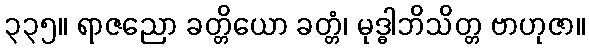
၃၃၅။ ရာဇညော ခတ္တိယော ခတ္တံ၊ မုဒ္ဓါဘိသိတ္တ ဗာဟုဇာ။